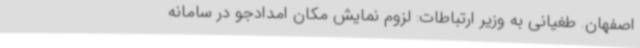
اصفهان. طغیانی به وزیر ارتباطات: لزوم نمایش مکان امدادجو در سامانه